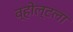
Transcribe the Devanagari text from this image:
व्होल्टला